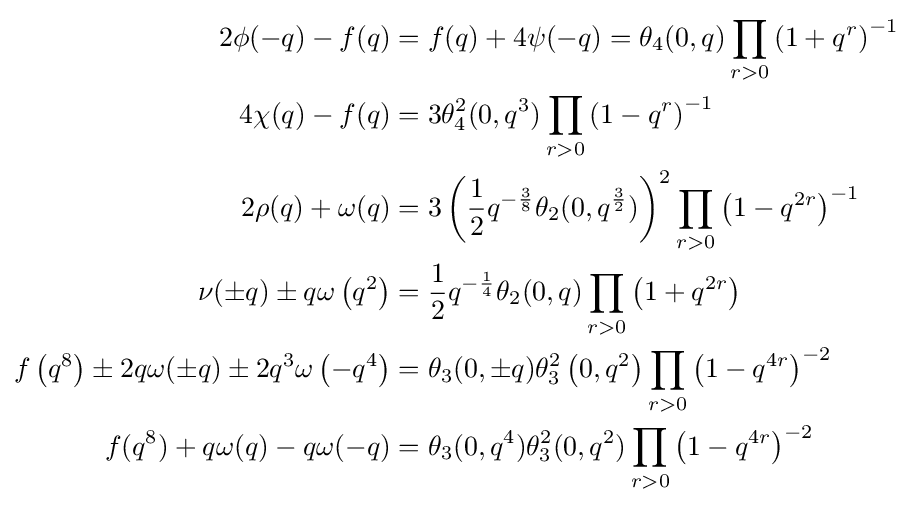
{\begin{aligned}2\phi (-q)-f(q)&=f(q)+4\psi (-q)=\theta _{4}(0,q)\prod _{r>0}\left(1+q^{r}\right)^{-1}\\4\chi (q)-f(q)&=3\theta _{4}^{2}(0,q^{3})\prod _{r>0}\left(1-q^{r}\right)^{-1}\\2\rho (q)+\omega (q)&=3\left({\frac {1}{2}}q^{-{\frac {3}{8}}}\theta _{2}(0,q^{\frac {3}{2}})\right)^{2}\prod _{r>0}\left(1-q^{2r}\right)^{-1}\\\nu (\pm q)\pm q\omega \left(q^{2}\right)&={\frac {1}{2}}q^{-{\frac {1}{4}}}\theta _{2}(0,q)\prod _{r>0}\left(1+q^{2r}\right)\\f\left(q^{8}\right)\pm 2q\omega (\pm q)\pm 2q^{3}\omega \left(-q^{4}\right)&=\theta _{3}(0,\pm q)\theta _{3}^{2}\left(0,q^{2}\right)\prod _{r>0}\left(1-q^{4r}\right)^{-2}\\f(q^{8})+q\omega (q)-q\omega (-q)&=\theta _{3}(0,q^{4})\theta _{3}^{2}(0,q^{2})\prod _{r>0}\left(1-q^{4r}\right)^{-2}\end{aligned}}